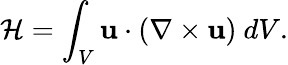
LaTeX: {\cal{H}}=\int_{V}{\mathbf{u}}\cdot(\nabla\times{\mathbf{u}})\ dV.